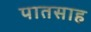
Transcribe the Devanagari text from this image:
पातसाह